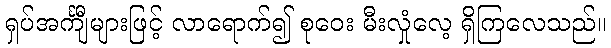
ရှပ်အင်္ကျီများဖြင့် လာရောက်၍ စုဝေး မီးလှုံလေ့ ရှိကြလေသည်။